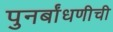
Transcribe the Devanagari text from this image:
पुनर्बांधणीची